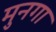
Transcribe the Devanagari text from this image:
मुनगा